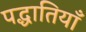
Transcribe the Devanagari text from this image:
पद्धातियाँ